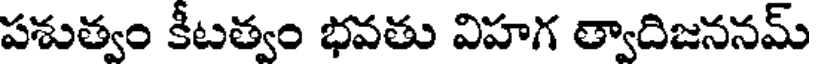
పశుత్వం కీటత్వం భవతు విహగ త్వాదిజననమ్